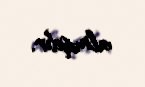
almışdır.